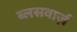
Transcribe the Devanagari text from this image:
ब्लसवार्ज़